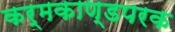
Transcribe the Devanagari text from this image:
कर्मकाण्डपरक